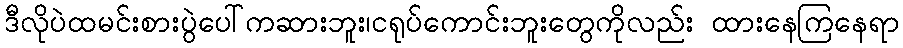
ဒီလိုပဲထမင်းစားပွဲပေါ်ကဆားဘူး၊ငရုပ်ကောင်းဘူးတွေကိုလည်း ထားနေကြနေရာ